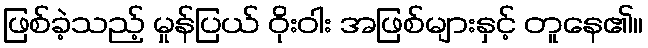
ဖြစ်ခဲ့သည့် မှုန်ပြယ် ဝိုးဝါး အဖြစ်များနှင့် တူနေ၏။